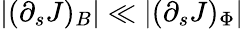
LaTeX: |(\partial_{s}J)_{B}|\ll|(\partial_{s}J)_{\Phi}|